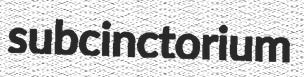
subcinctorium